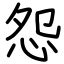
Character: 怨